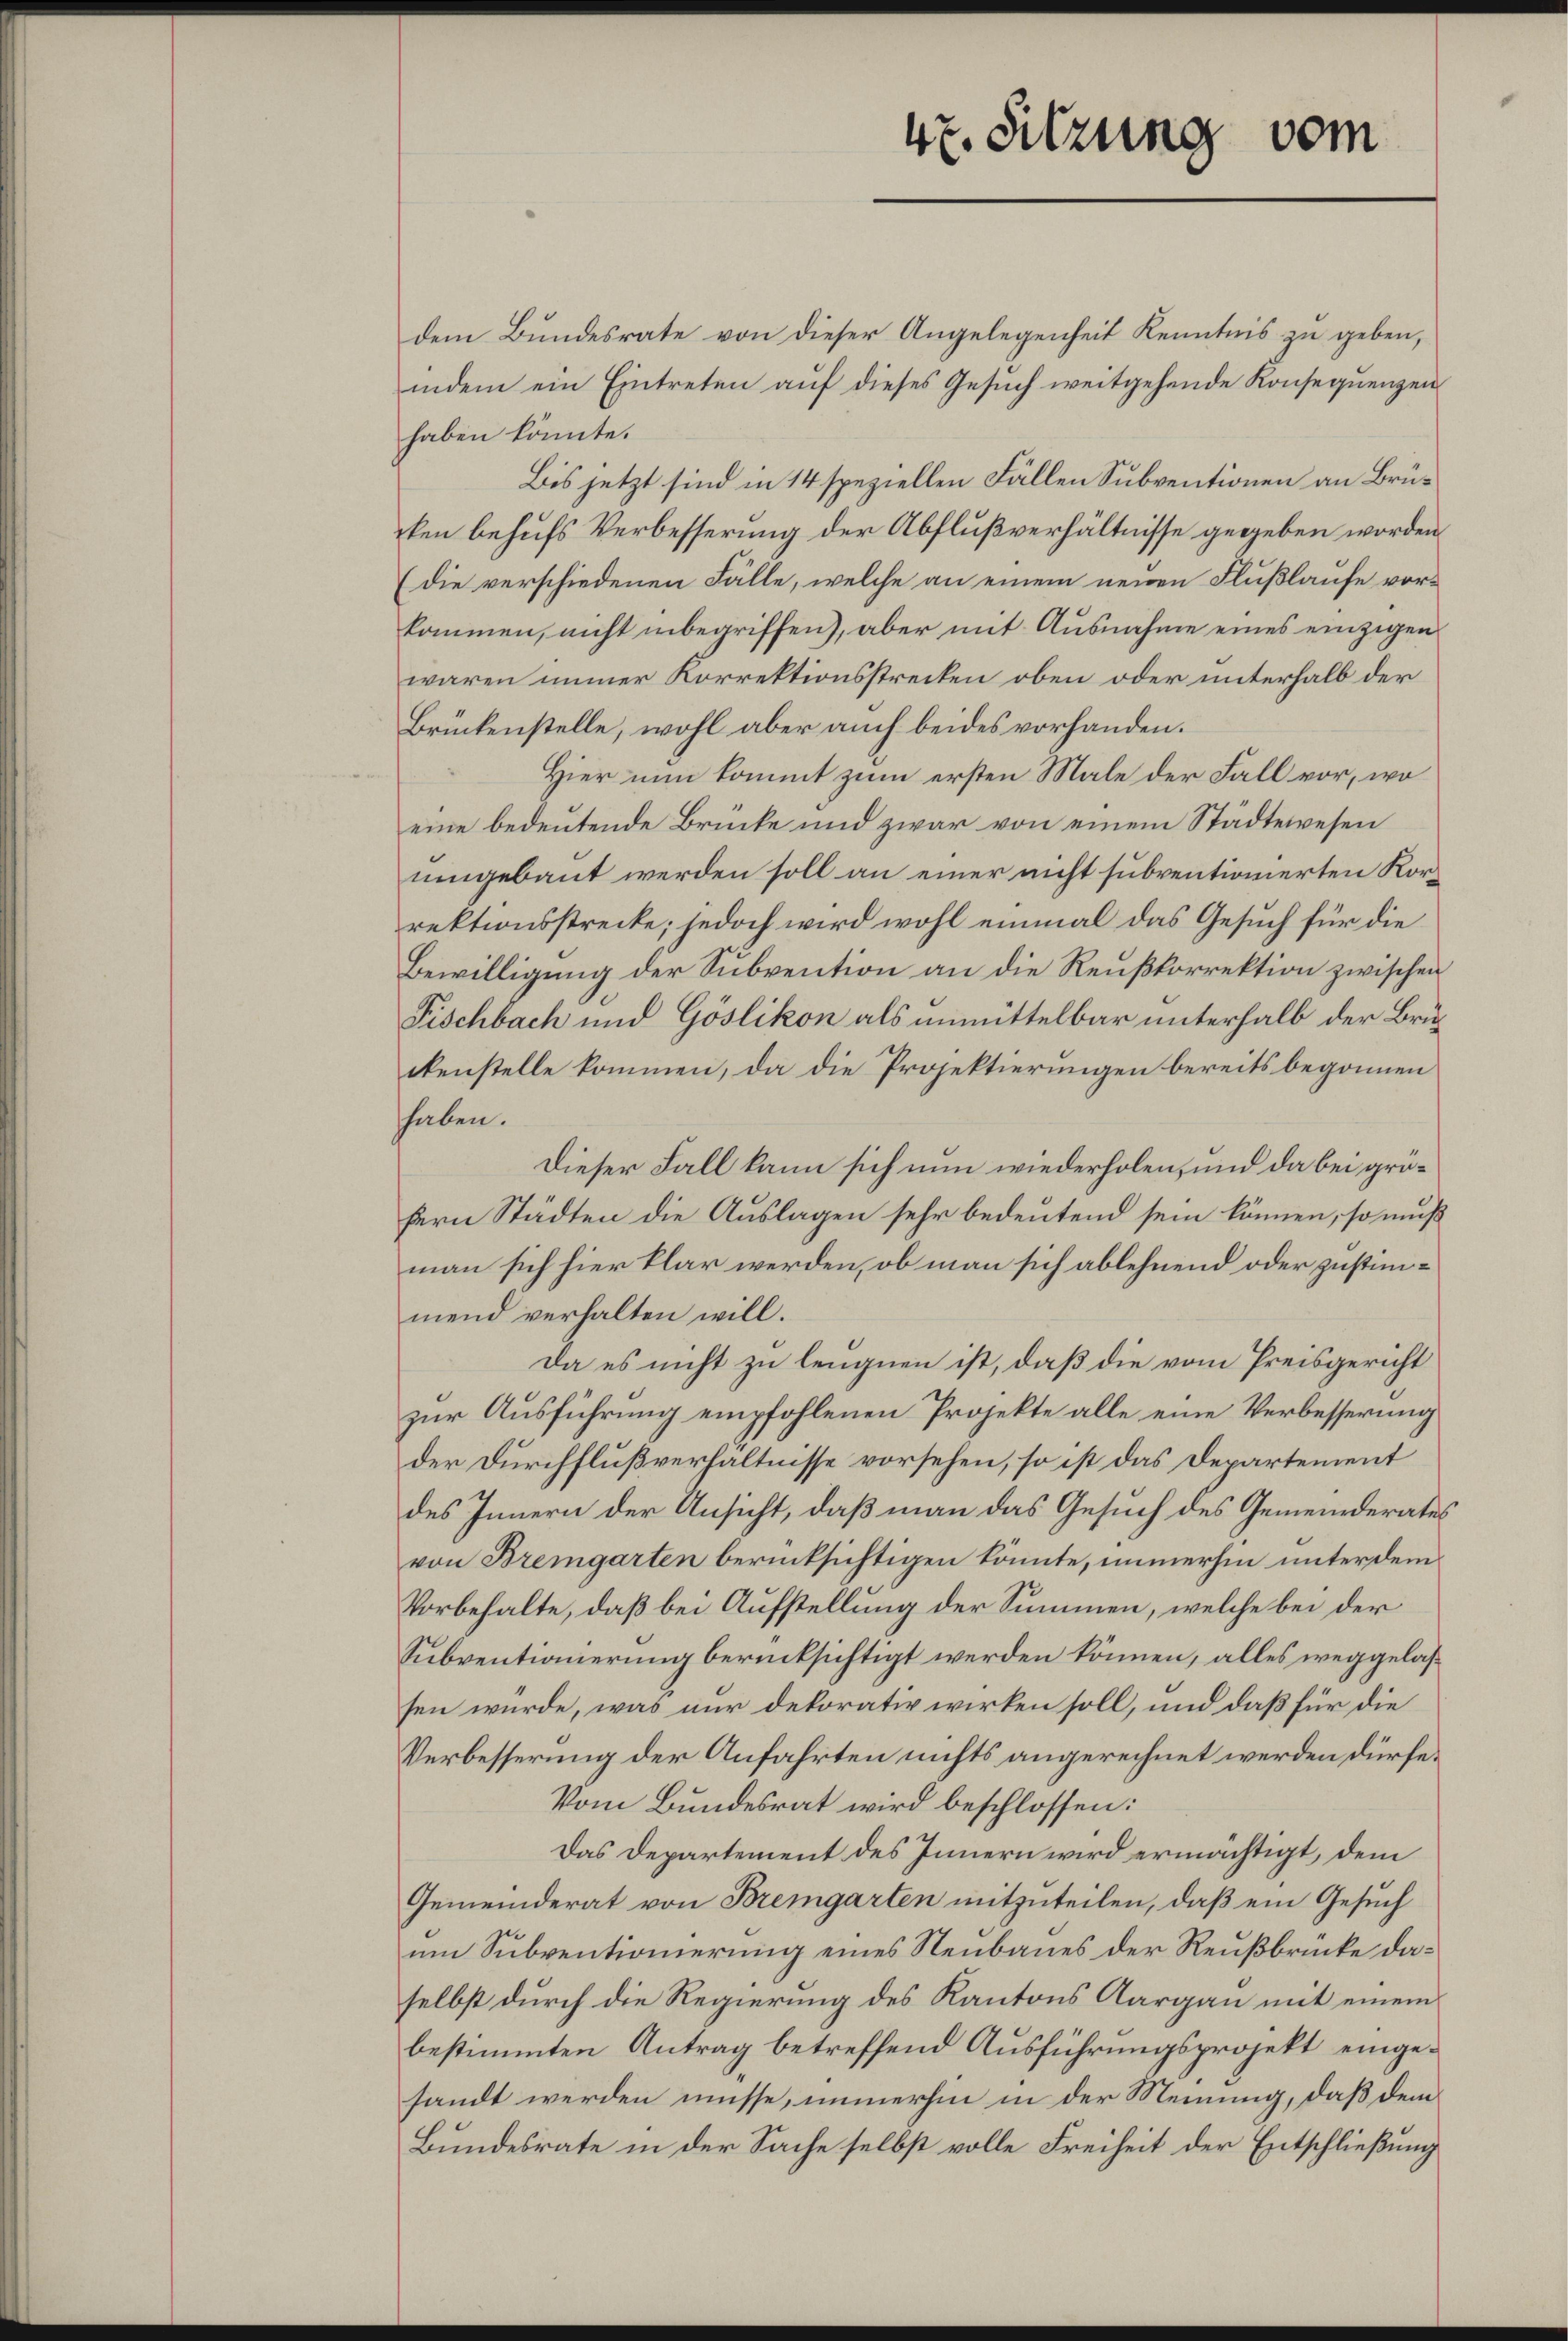
47. Sitzung vom

dem Bundesrate von dieser Angelegenheit Kenntnis zu geben,
indem ein Eintreten auf dieses Gesuch weitgehende Konsequenzen
haben könnte.
Bis jetzt sind in 14 speziellen Fällen Subventionen an Brüken behufs Verbesserung der Abflußverhältnisse gegeben worden
(die verschiedenen Fälle, welche an einem neuen Flußlaufe vorkommen, nicht inbegriffen), aber mit Ausnahme eines einzigen
waren immer Korrektionsstrecken oben oder unterhalb der
Brückenstelle, wohl aber auch beides vorhanden.
Hier nun kommt zum ersten Male der Fall vor, wo
eine bedeutende Brücke und zwar von einem Städtewesen
umgebaut werden soll an einer nicht subventionierten Korrektionsstrecke; jedoch wird wohl einmal das Gesuch für die
Bewilligung der Subvention an die Reußkorrektion zwischen
Fischbach und Göslikon als unmittelbar unterhalb der Brückenstelle kommen, da die Projektierungen bereits begonnen
haben.
Dieser Fall kann sich nun wiederholen, und da bei gröfern Städten die Auslagen sehr bedeutend sein können, so muß
man sich hier klar werden, ob man sich ablehnend oder zustimmend verhalten will.
Da es nicht zu leugnen ist, daß die vom Preisgericht
zur Ausführung empfohlenen Projekte alle eine Verbesserung
der Durchflußverhältnisse vorsehen, so ist das Departement
des Innern der Ansicht, daß man das Gesuch des Gemeinderates
von Bremgarten berücksichtigen könnte, immerhin unterdem
Vorbehalte, daß bei Aufstellung der Summen, welche bei der
Subventionierung berücksichtigt werden können, alles weggelassen wurde, was nur dekorativ wirken soll, und daß für die
Verbesserung der Anfahrten nichts angerechnet werden dürfe.
Vom Bundesrat wird beschlossen:
Das Departement des Innern wird ermächtigt, dem
Gemeinderat von Bremgarten mitzuteilen, daß ein Gesuch
um Subventionierung eines Neubaues der Reußbrücke daselbst durch die Regierung des Kantons Aargau mit einem
bestimmten Antrag betreffend Ausführungsprojekt eingesandt werden müsse, immerhin in der Meinung, daß dem
Bundesrate in der Sache selbst volle Freiheit der Entschließung